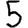
Digit: 5